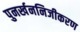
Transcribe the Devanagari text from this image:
पुनर्खननिजीकरण